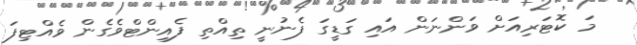
މަ ކޮޓަރިއަށް ވަންނަން އައި ގަޑީގަ ފެނުނީ ތިއްތި ފެއިންޓްވެގެން ވެއްޓިފަ